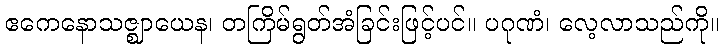
ဧကေနောသဇ္ဈာယေန၊ တကြိမ်ရွတ်အံခြင်းဖြင့်ပင်။ ပဂုဏံ၊ လေ့လာသည်ကို။